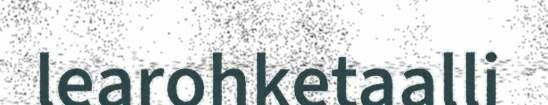
learohketaalli